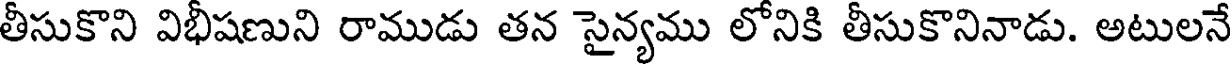
తీసుకొని విభీషణుని రాముడు తన సైన్యము లోనికి తీసుకొనినాడు. అటులనే